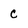
Character: c